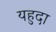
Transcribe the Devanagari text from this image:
यहुदा